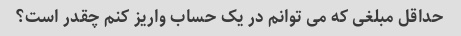
حداقل مبلغی که می توانم در یک حساب واریز کنم چقدر است؟